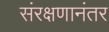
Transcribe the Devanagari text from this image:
संरक्षणानंतर